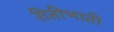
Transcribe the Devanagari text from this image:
रीतीभाती